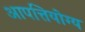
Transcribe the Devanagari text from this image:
आपत्तियोग्य